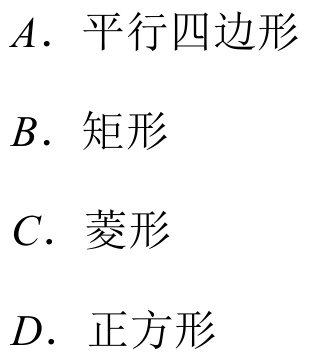
\(A.\) 平行四边形
\(B.\) 矩形
\(C.\) 菱形
\(D.\) 正方形